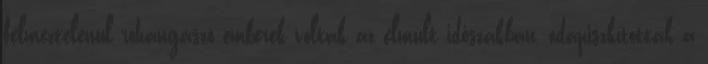
félmeztelenül rohangászó emberek voltak az elmúlt időszakban, odapiszkítottak a